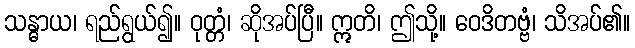
သန္ဓာယ၊ ရည်ရွယ်၍။ ဝုတ္တံ၊ ဆိုအပ်ပြီ။ ဣတိ၊ ဤသို့။ ဝေဒိတဗ္ဗံ၊ သိအပ်၏။